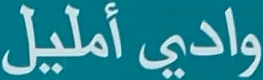
واديًأمليل